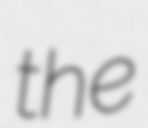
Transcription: the